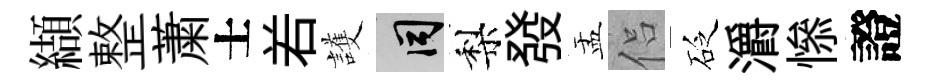
纈整䔥士𠰥護间梨發盂侣砭灂𢡖證